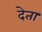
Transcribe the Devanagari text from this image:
देेता